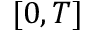
[ 0 , T ]